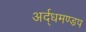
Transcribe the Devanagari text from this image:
अर्द्धमण्डप